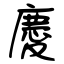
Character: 慶